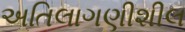
અતિલાગણીશીલ